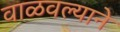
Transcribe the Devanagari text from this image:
वाळवल्याने